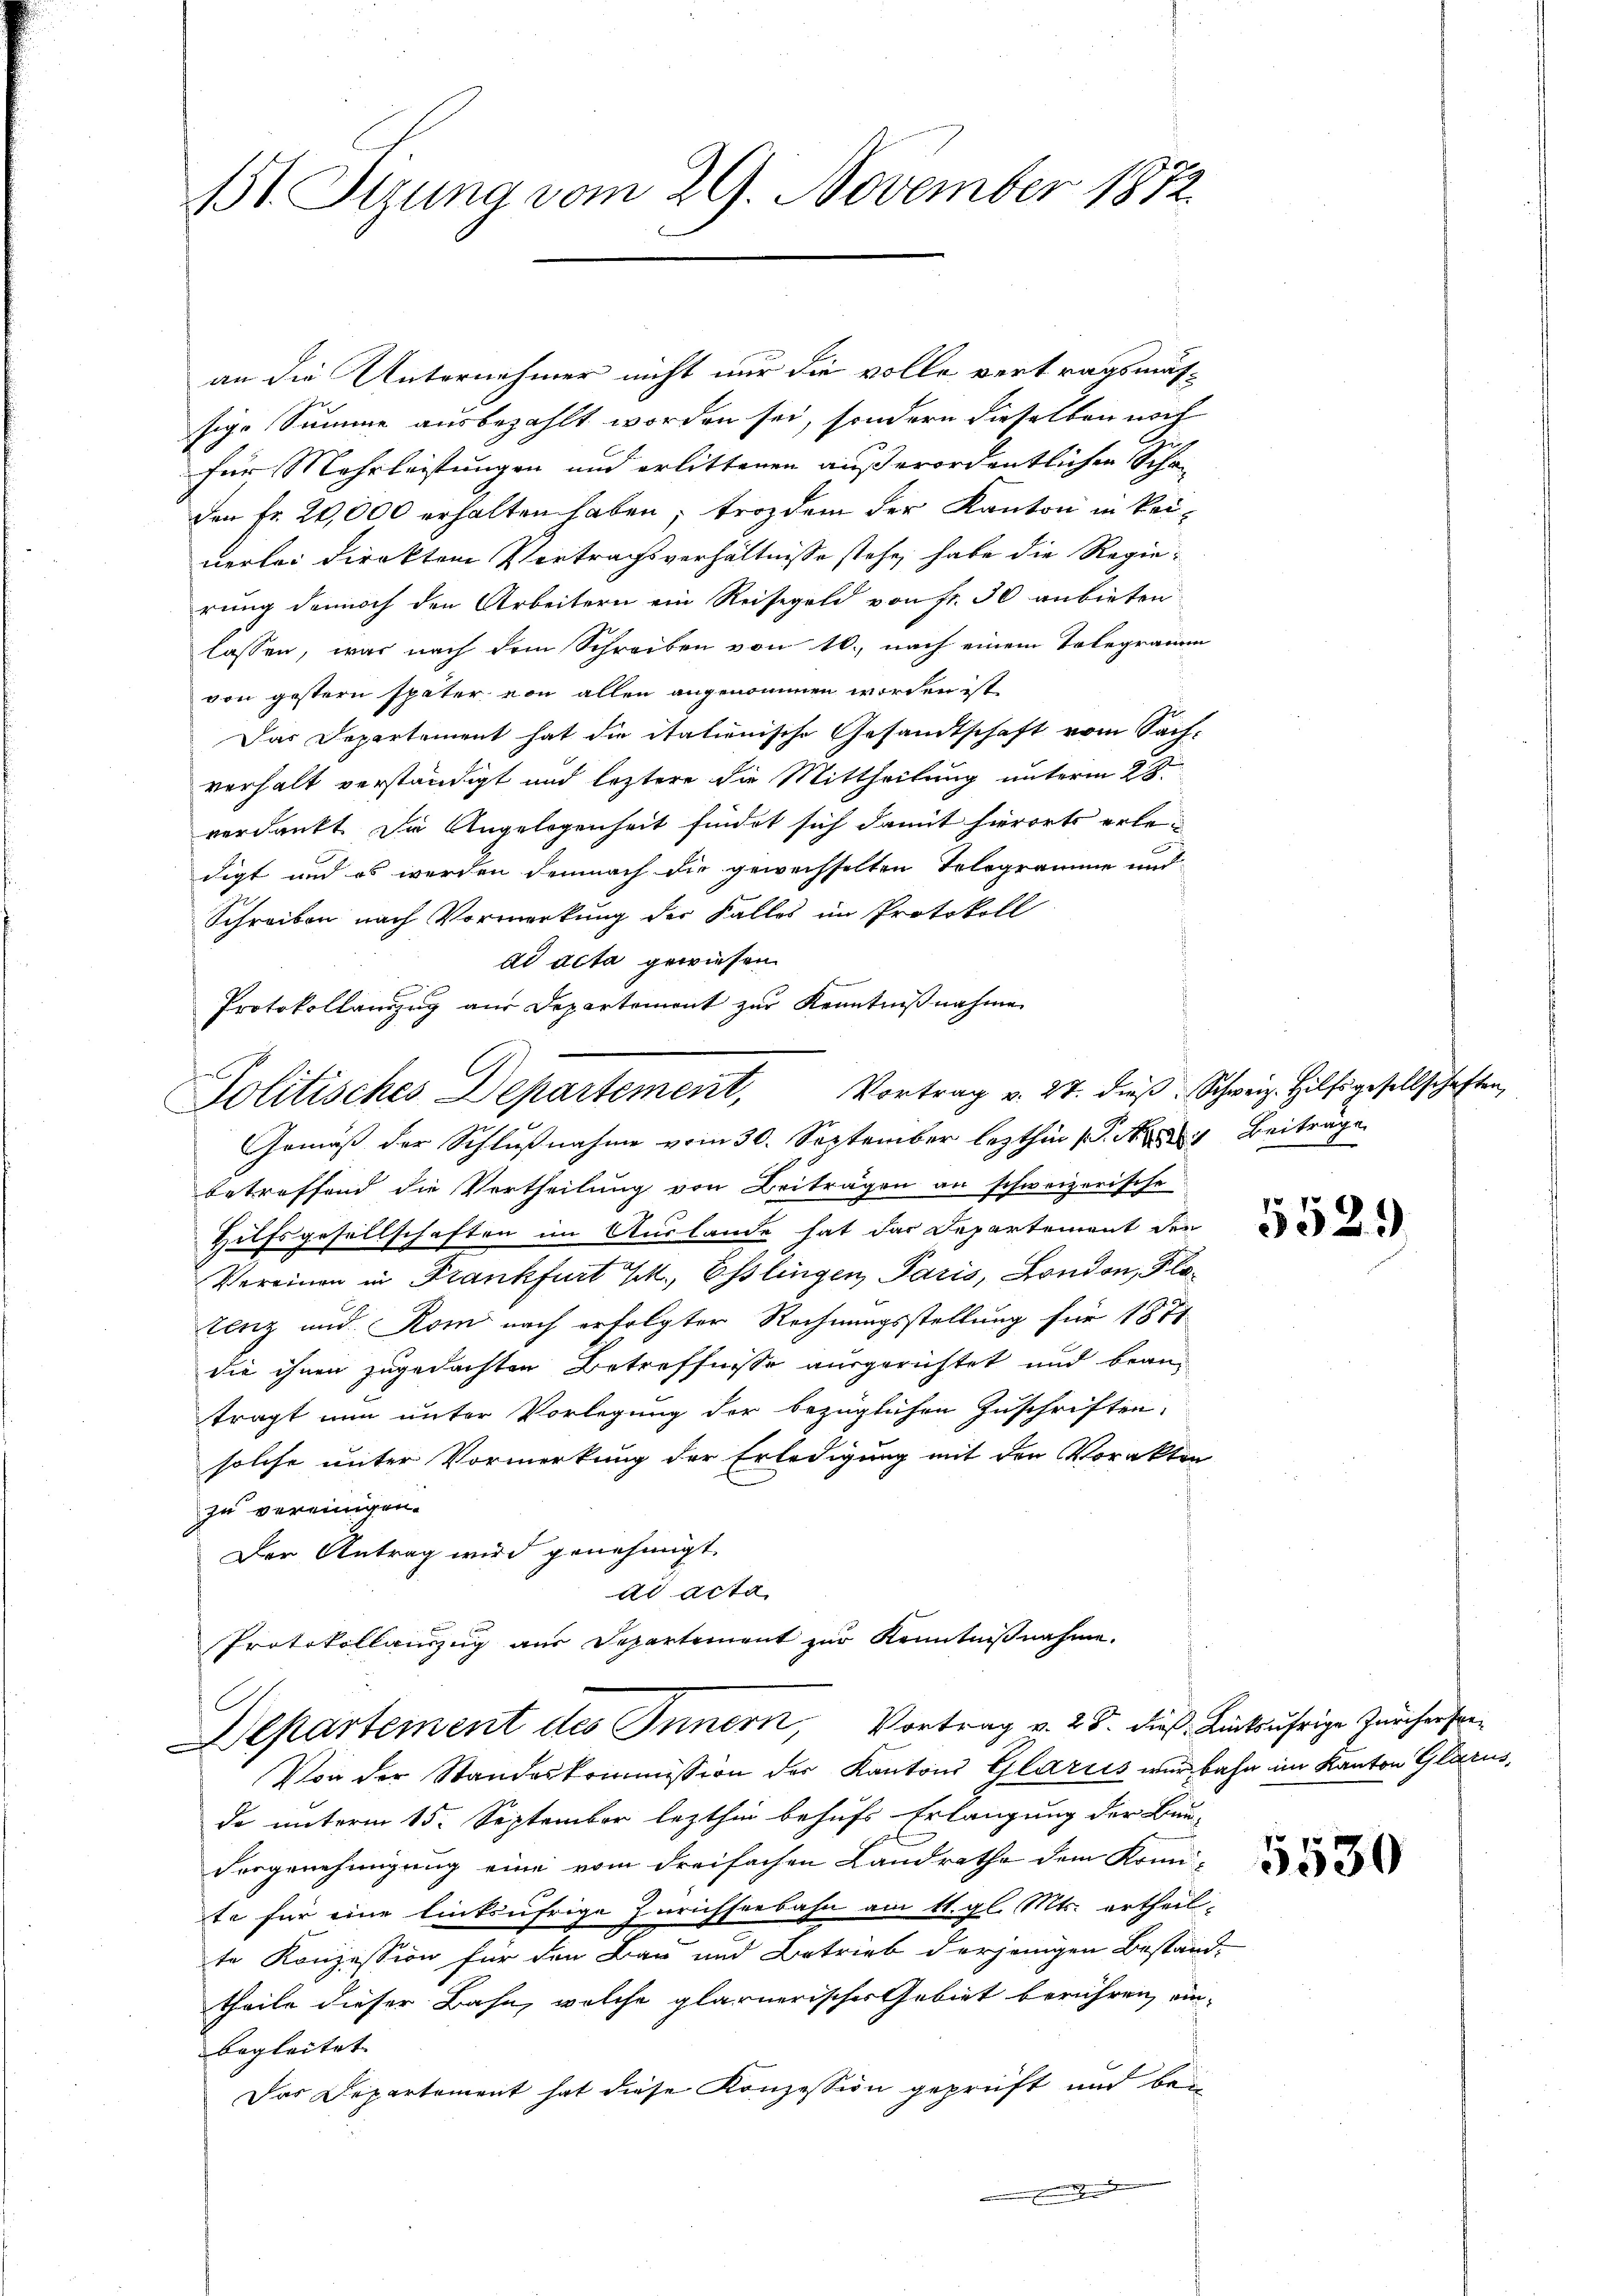
an die Unternehmer nicht nur die volle vertragsmäßsige Summe ausbezahlt worden sei, sondern dieselben noch
für Mehrleistungen und erlittenen außerordentlichen Schan
den Fr. 20,000 erhalten haben; trozdem der Kanton in keinerlei direkten Vertragsverhältnisse stehe, habe die Regierung dennoch den Arbeitern ein Reisegeld von fr. 30 anbieten
lassen, was nach dem Schreiben von 10., nach einem Tolegramm
von gestern später von allen angenommen worden ist
Das Departement hat die italienische Gesandtschaft vom Sach-
verhalt verständigt und leztere die Mittheilung unterm 28.
verdankt. Die Angelegenheit findet sich damit hierorts erledigt und es werden demnach die gewechselten Telegramme und
Schreiben nach Vormerkung der Falles im Protokoll
ad acta gewiesen
Protokollanzug aus Departement zur Kenntnißnahme
Politisches Departement, Vortrag v. 27. dieβ Schweiz. Hilfsgesellschaften,
Gemäß der Schlußnahme vom 30. September lezthin s. Beiträge
betreffend die Vertheilung von Beiträgen an schweizerische
Hilfsgesellschaften im Auslande hat das Departement den
Vereinen in Frankfurt Ek., Esslingen Paris, London, Platenz und Rom nach erfolgter Rechnungsstellung für 1871
die ihnen zugedachten Betreffnisse ausgerichtet und beanträgt nun unter Vorlegung der bezüglichen Zuschriften,
solche unter Vormerkung der Erledigung mit den Vorakten
zu vereinigen.
Der Antrag wird genehmigt.
ad acta
Protokollauszug aus Departement zur Kenntnißnahme.

151. Sizung vom 29. November 1872.

Departement des Innern, Vortrag v. 28. die Rücksährige Zürcher sei¬
Von der Standeskommission der Kantons Glarus wir bahn im Kanton Glarus,

de unterm 15. September lezthin behufs Erlangung der Bun-
Vorgenehmigung eine vom dreifachen Landrathe dem Komi-
te für eine linksufrige Zürichseebahn am 11. gl. Mts. ertheilte Konzession für den Bau und Betrieb derjenigen Bestand-
theile dieser Bahn, welche glarnerischer Gebiet berühren einbegleitet. |
Das Departement hat diese Konzession geprüft und be¬
 Ernen einen

5529

5530